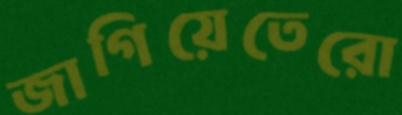
জাগিয়েতেরো